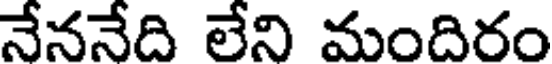
నేననేది లేని మందిరం